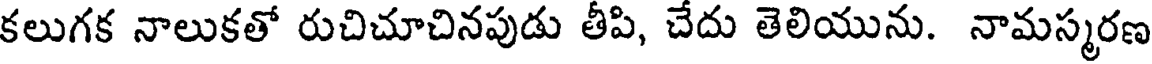
కలుగక నాలుకతో రుచిచూచినపుడు తీపి, చేదు తెలియును. నామస్మరణ